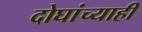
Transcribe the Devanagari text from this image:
दोघांच्‍याही